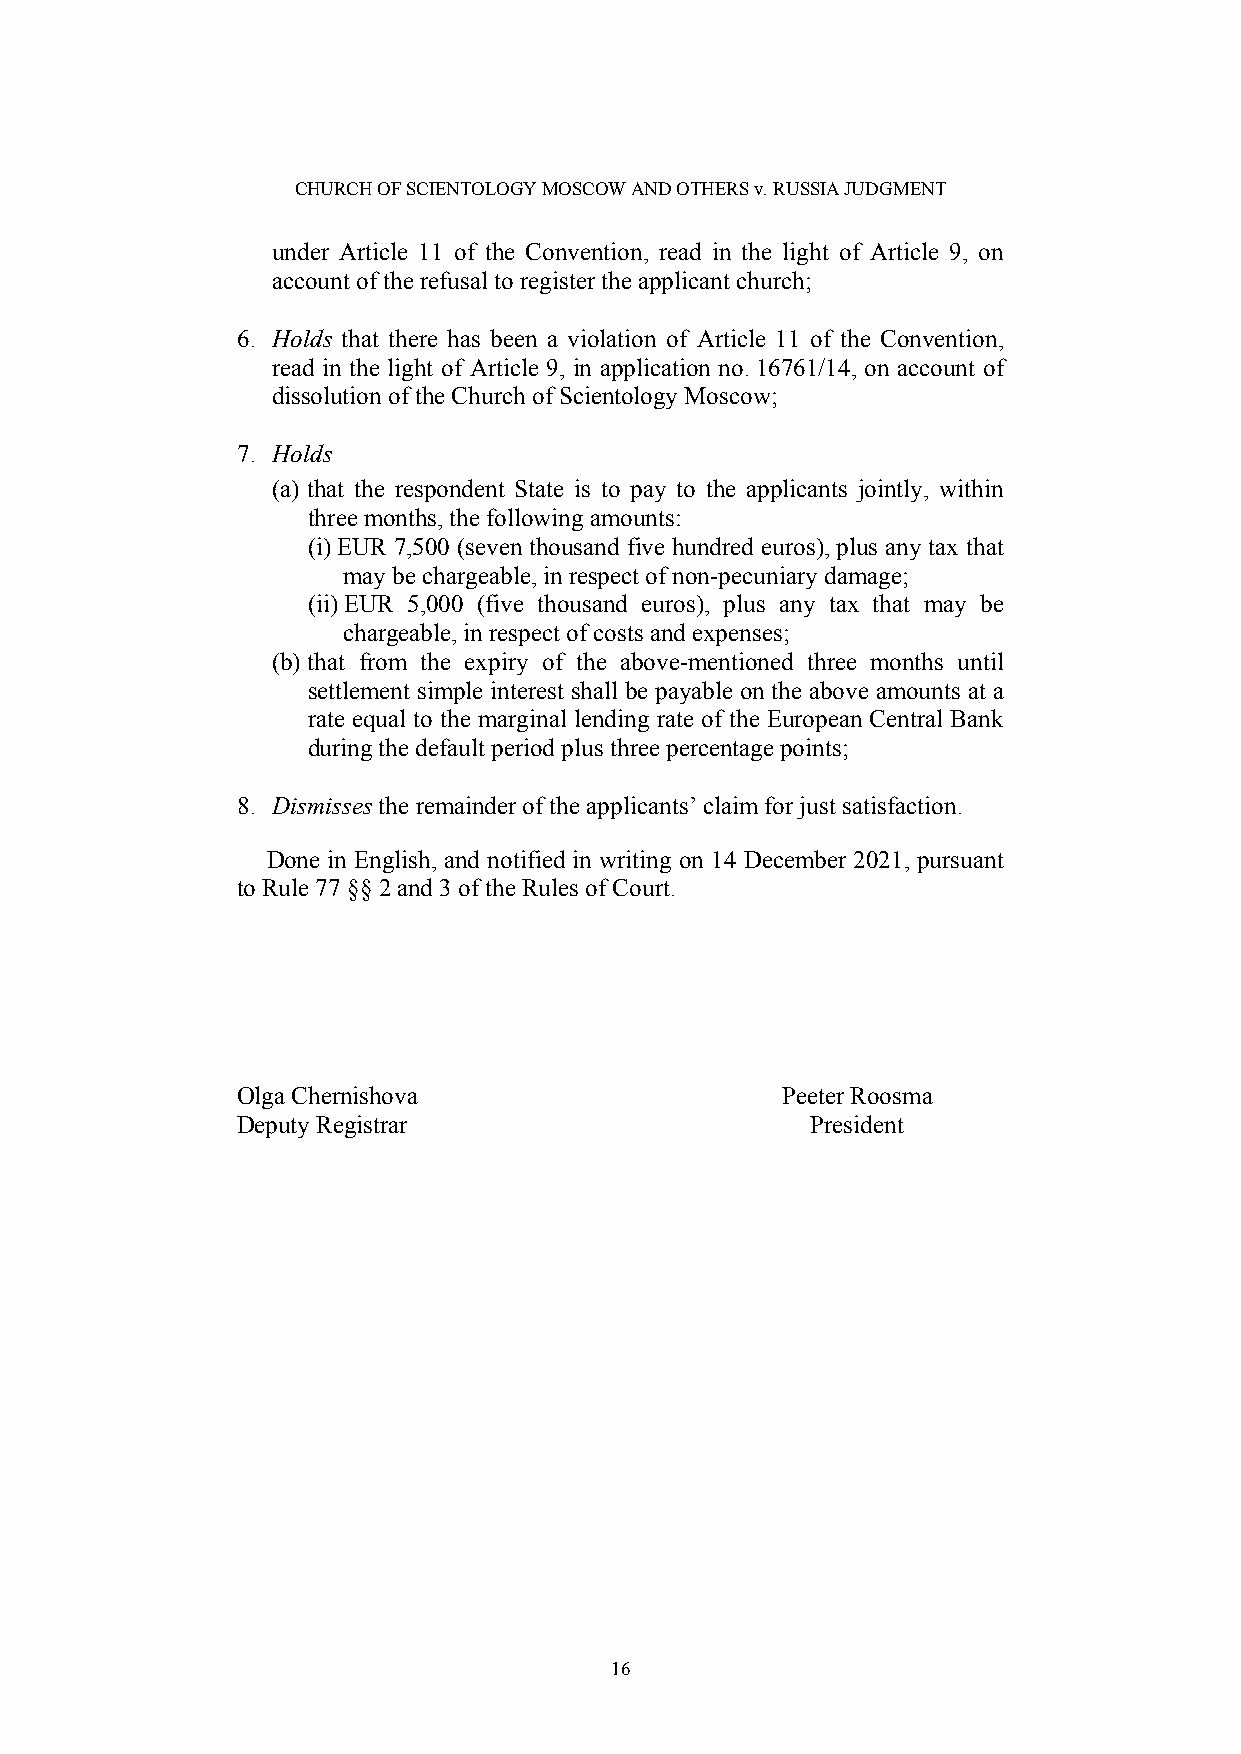
CHURCH OF SCIENTOLOGY MOSCOW AND OTHERS v. RUSSIA JUDGMENT
 under Article 11 of the Convention, read in the light of Article 9, on
 account of the refusal to register the applicant church;
 6. Holds that there has been a violation of Article 11 of the Convention,
 read in the light of Article 9, in application no. 16761/14, on account of
 dissolution of the Church of Scientology Moscow;
 7. Holds
 (a) that the respondent State is to pay to the applicants jointly, within
 three months, the following amounts:
 (i) EUR 7,500 (seven thousand five hundred euros), plus any tax that
 may be chargeable, in respect of non-pecuniary damage;
 (ii) EUR 5,000 (five thousand euros), plus any tax that may be
 chargeable, in respect of costs and expenses;
 (b) that from the expiry of the above-mentioned three months until
 settlement simple interest shall be payable on the above amounts at a
 rate equal to the marginal lending rate of the European Central Bank
 during the default period plus three percentage points;
 8. Dismisses the remainder of the applicants’ claim for just satisfaction.
 Done in English, and notified in writing on 14 December 2021, pursuant
 to Rule 77 §§ 2 and 3 of the Rules of Court.
 {signature_p_2}
 Olga Chernishova                    Peeter Roosma
 Deputy Registrar                      President
 16